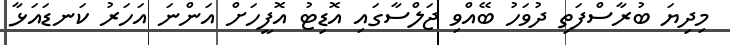
މިދިޔަ ބުރާސްފަތި ދުވަހު ބޭއްވި ޖަލްސާގައި އޮޑިޓު އޮފީހަށް އަންނަ އަހަރު ކަނޑައަޅާ